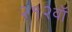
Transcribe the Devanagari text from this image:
२१२वॉ